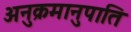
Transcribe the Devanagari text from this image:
अनुक्रमानुपाति